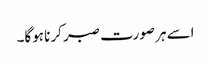
اسے ہر صورت صبر کرنا ہوگا۔